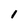
Character: 1